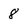
Character: 8